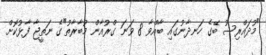
"މުދައްރިސު ބޭގެ ހަނދާނުގައި ބާއްވާ 8 ވަނަ ގްރުއާން މުބާރާތު"ގެ ނަތީޖާ ފާޅުކޮށް